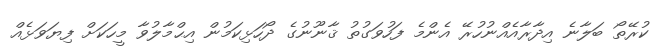
ކުރޭތޯ ބަލާނެ އިދާރާއެއްނުހުރޭ އެންމެ ފަހުވަގުތު ޤާނޫނުގެ ދޯހަޅިކަމުން އިޙްމާލުވާ މީހަކަށް ފިޔަވަޅެއް